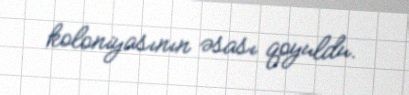
koloniyasının əsası qoyuldu.